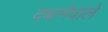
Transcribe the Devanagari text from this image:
दबानेवाले